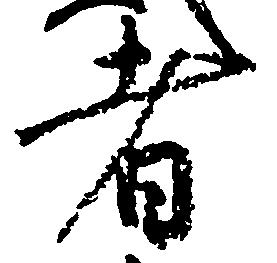
者